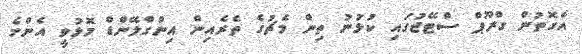
އެގޮތުން ގްރޫޕް ސްޓޭޖުގައި ކުޅުނު ތިން މެޗުގެ ތެރެއިން އިންގްލޭންޑް މޮޅުވީ އެންމެ